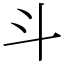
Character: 斗